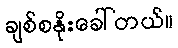
ချစ်စနိုးခေါ်တယ်။